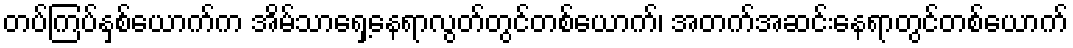
တပ်ကြပ်နှစ်ယောက်က အိမ်သာရှေ့နေရာလွတ်တွင်တစ်ယောက်၊ အတက်အဆင်းနေရာတွင်တစ်ယောက်